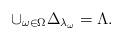
LaTeX: \begin{align*}\cup_{\omega\in \Omega}\Delta_{\lambda_\omega}=\Lambda.\end{align*}